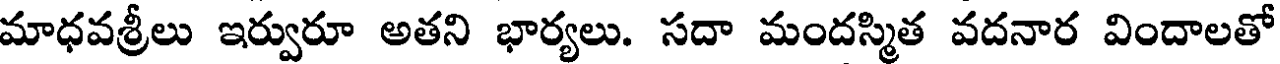
మాధవశ్రీలు ఇర్వురూ అతని భార్యలు. సదా మందస్మిత వదనార విందాలతో